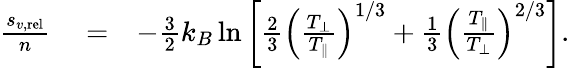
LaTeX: \begin{array}{rlr}{\frac{s_{v,\mathrm{rel}}}{n}}&{{}=}&{-\frac{3}{2}k_{B}\ln\left[\frac{2}{3}\left(\frac{T_{\perp}}{T_{\parallel}}\right)^{1/3}+\frac{1}{3}\left(\frac{T_{\parallel}}{T_{\perp}}\right)^{2/3}\right].}\end{array}